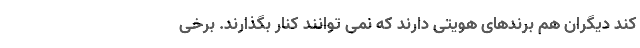
کند دیگران هم برندهای هویتی دارند که نمی توانند کنار بگذارند. برخی